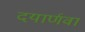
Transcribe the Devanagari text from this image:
दयार्णवा